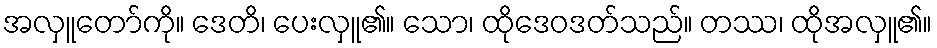
အလှူတော်ကို။ ဒေတိ၊ ပေးလှူ၏။ သော၊ ထိုဒေဝဒတ်သည်။ တဿ၊ ထိုအလှူ၏။